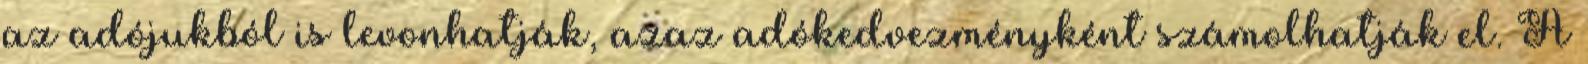
az adójukból is levonhatják, azaz adókedvezményként számolhatják el. A